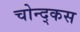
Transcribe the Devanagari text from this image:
चोन्द्कस